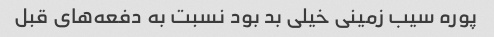
پوره سیب زمینی خیلی بد بود نسبت به دفعه‌های قبل